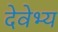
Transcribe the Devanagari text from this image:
देवेभ्य